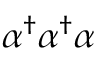
\alpha ^ { \dagger } \alpha ^ { \dagger } \alpha